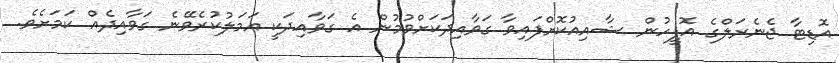
އޮޑިޓާ ޖެނެރަލްގެ އޮފީހުން ޝާއިއުކޮށްފައިވާ ގަވާއިދަކަށްވުމުން އެ ގަވާއިދަކީ އަމަލުކުރެވޭނެ ގަވާއިދެއް ކަމަށެވެ.